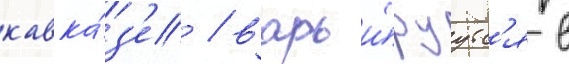
кавка́з'е / варьи́руутс'я в